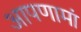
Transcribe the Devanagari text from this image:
आपणामां